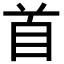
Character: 首